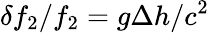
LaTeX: \delta f_{2}/f_{2}=g\Delta h/c^{2}